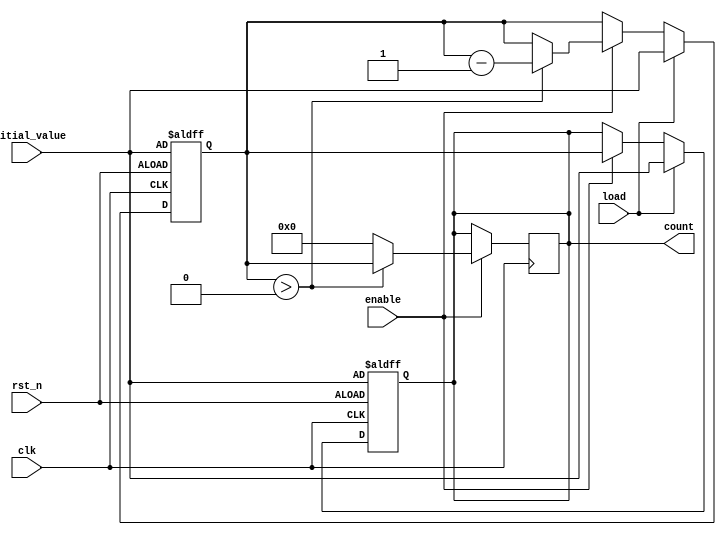
module MemoryBlocksDownCounter #(
    parameter WIDTH = 8  // Bit-width for the counter (default is 8 bits)
)(
    input wire clk,            // Clock signal
    input wire rst_n,         // Asynchronous active-low reset
    input wire enable,        // Enable signal for counting
    input wire load,          // Load signal to set the initial value
    input wire [WIDTH-1:0] initial_value, // New initial value to load
    output reg [WIDTH-1:0] count // Current count value
);

    // Memory block to store the current count
    reg [WIDTH-1:0] memory;

    always @(posedge clk or negedge rst_n) begin
        if (!rst_n) begin
            // Reset condition: load the initial value into the memory
            memory <= initial_value;
            count <= initial_value; // Set count to the initial value
        end else if (load) begin
            // Load new initial value into the memory if load signal is high
            memory <= initial_value;
            count <= initial_value; // Set count to the new initial value
        end else if (enable) begin
            // Decrement the count if enabled
            if (memory > 0) begin
                memory <= memory - 1;
            end
            count <= memory; // Update the output count with the memory value
        end
    end

    // To keep the output count always non-negative
    always @(posedge clk) begin
        if (enable) begin
            count <= (memory > 0) ? memory : 0;
        end
    end

endmodule